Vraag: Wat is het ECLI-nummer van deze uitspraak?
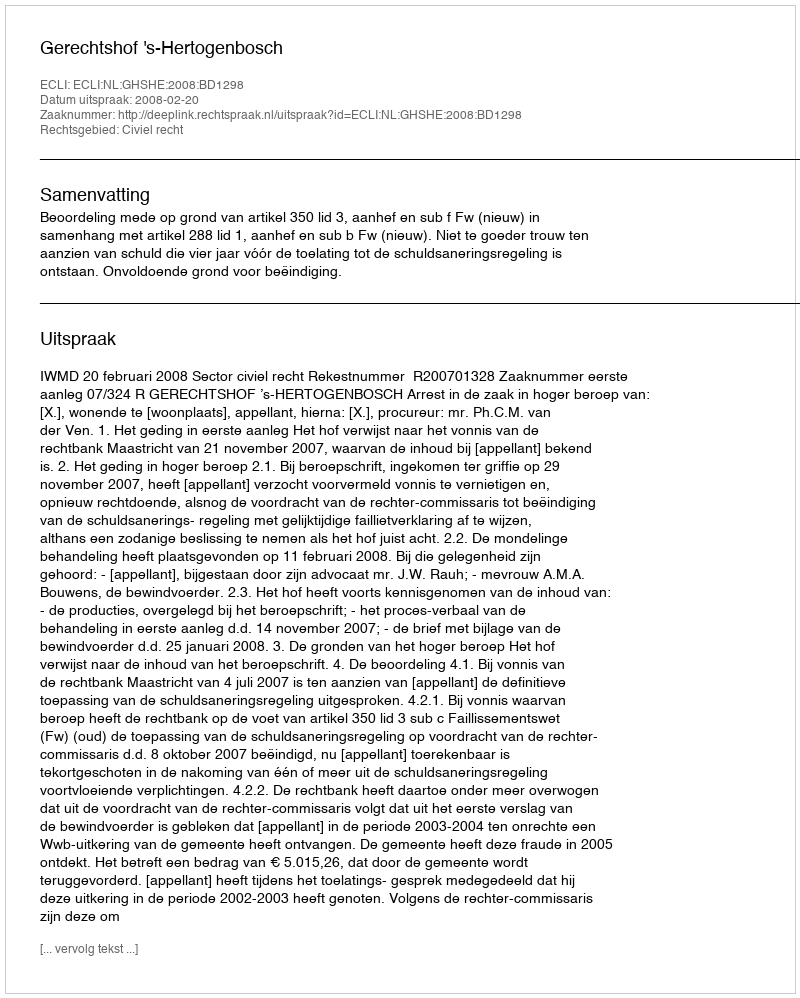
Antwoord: ECLI:NL:GHSHE:2008:BD1298